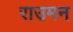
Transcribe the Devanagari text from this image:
राउमन